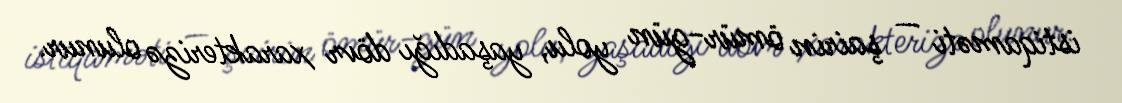
istiqaməti — şairin ömür-gün yolu, yaşadığı dövr xarakterizə olunur.